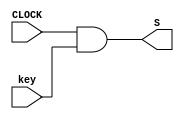
module Key
  (
    input key, CLOCK,
    output S
  );
  
assign S = CLOCK & key;
 
endmodule